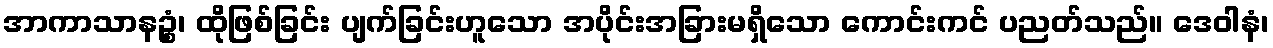
အာကာသာနဉ္စံ၊ ထိုဖြစ်ခြင်း ပျက်ခြင်းဟူသော အပိုင်းအခြားမရှိသော ကောင်းကင် ပညတ်သည်။ ဒေဝါနံ၊